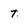
Character: 7